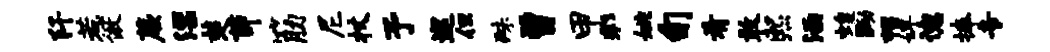
阡惹傲蕨漂楚茆筋尼杖予巡但殊曾甲彩姚旬肴敢熙涵蝗黝帽婢德捧专